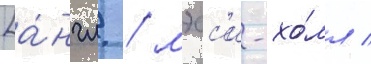
[а́нгл. / мэсс'и-хо́лл /